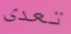
تعدى